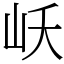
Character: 岆